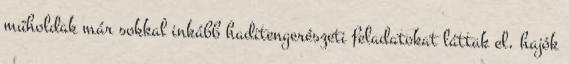
műholdak már sokkal inkább haditengerészeti feladatokat láttak el, hajók